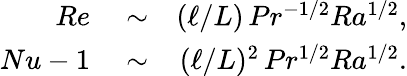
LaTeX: \begin{array}{rlr}{Re}&{{}\sim}&{({\ell}/{L})\, Pr^{-1/2}Ra^{1/2},}\\ {Nu-1}&{{}\sim}&{({\ell}/{L})^{2}\, Pr^{1/2}Ra^{1/2}.}\end{array}